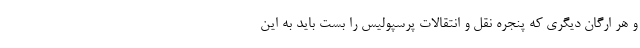
و هر ارگان دیگری که پنجره نقل و انتقالات پرسپولیس را بست باید به این